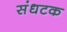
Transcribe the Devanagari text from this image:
संधटक